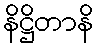
နိဋ္ဌိတာနိ